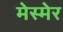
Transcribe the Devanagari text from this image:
मेस्मेर